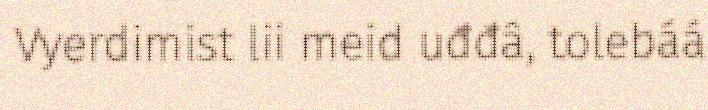
Vyerdimist lii meid uđđâ, tolebáá